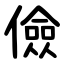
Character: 儉